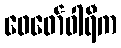
ဖေဖော်ဝါရီက